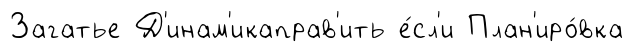
Загатье Д'инам'икаправ'ить е́сл'и План'иро́вка